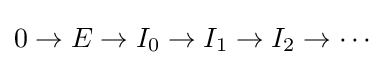
0\to E\to I_{0}\to I_{1}\to I_{2}\to \cdots